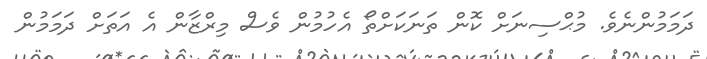
ދަމަމުންނެވެ. މުޙްސިނަށް ކޮން ތަނަކަށްތޯ އެހުމުން ވެސް މިރްޒާން އެ އަތަށް ދަމަމުން